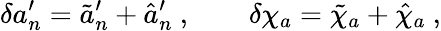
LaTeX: \delta a_{n}^{\prime}=\tilde{a}_{n}^{\prime}+\hat{a}_{n}^{\prime}\ ,\qquad\delta\chi_{a}=\tilde{\chi}_{a}+\hat{\chi}_{a}\ ,